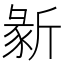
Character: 𣂵